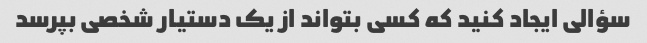
سؤالی ایجاد کنید که کسی بتواند از یک دستیار شخصی بپرسد